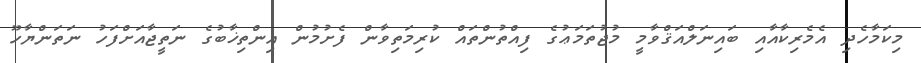
މިކަމާހެދި އެމެރިކާއާއި ބައިނަލްއަޤްވާމީ މުޖުތަމަޢުގެ ފިއްތުންތައް ކުރިމަތިވާން ފެށުމުން އިންތިޚާބުގެ ނަތީޖާއަށްފަހު ނަތަންޔާހޫ